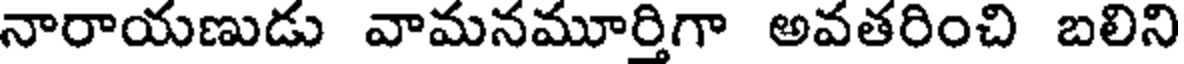
నారాయణుడు వామనమూర్తిగా అవతరించి బలిని